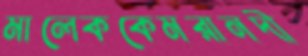
মালেককেমরানদী